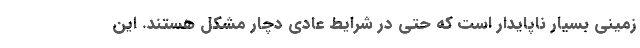
زمینی بسیار ناپایدار است که حتی در شرایط عادی دچار مشکل هستند. این